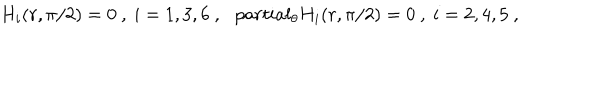
H _ { i } ( r , \pi / 2 ) = 0 \ , \ i = 1 , 3 , 6 \ , \ \ \, p a r t i a l _ { \theta } H _ { i } ( r , \pi / 2 ) = 0 \ , \ i = 2 , 4 , 5 \ ,